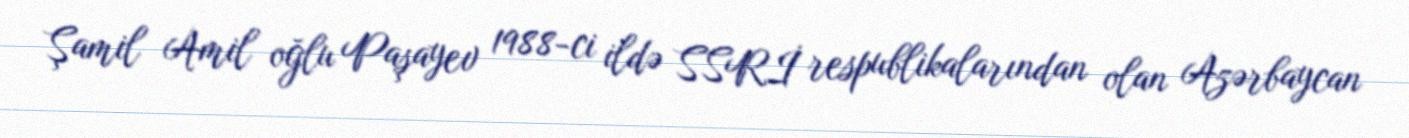
Şamil Amil oğlu Paşayev 1988-ci ildə SSRİ respublikalarından olan Azərbaycan